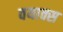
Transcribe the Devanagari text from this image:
वयाक्स